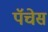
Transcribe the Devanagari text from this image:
पॅचेस